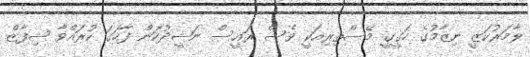
ލާމަރުކަޒީ ނިޒާމުގެ ހަގީގީ މޭސްތިރިއަކީ ވެސް ރައީސް ނަޝީދުކަން ފާހަގަ ކުރައްވާ ޝިފާޒް